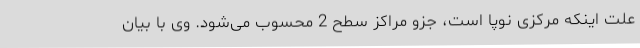
علت اینکه مرکزی نوپا است، جزو مراکز سطح 2 محسوب می‌شود. وی با بیان